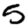
Digit: 5